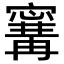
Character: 𭔝